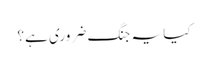
کیا یہ جنگ ضروری ہے؟